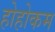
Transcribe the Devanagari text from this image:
होहोकम